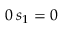
0 \, s _ { 1 } = 0